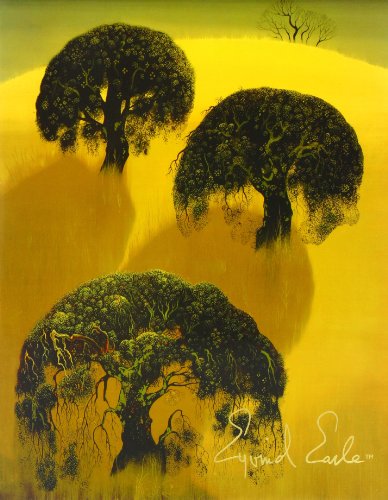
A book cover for The Complete Graphics of Eyvind Earle and Selected Poems, Drawings and Writings by Eyvind Earle 1991-2000; Eyvind Earle; Arts & Photography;